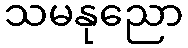
သမနုညော